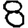
Digit: 8